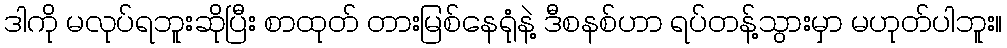
ဒါကို မလုပ်ရဘူးဆိုပြီး စာထုတ် တားမြစ်နေရုံနဲ့ ဒီစနစ်ဟာ ရပ်တန့်သွားမှာ မဟုတ်ပါဘူး။